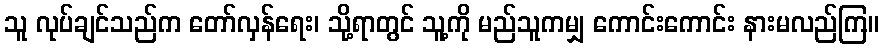
သူ လုပ်ချင်သည်က တော်လှန်ရေး၊ သို့ရာတွင် သူ့ကို မည်သူကမျှ ကောင်းကောင်း နားမလည်ကြ။